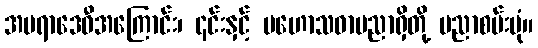
အမရာဒေဝီအကြောင်း၊ ၎င်းနှင့် မဟောသဓာပညာရှိတို့ ပညာစမ်းပုံ။